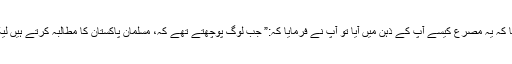
آپ سے ایک بار پوچھا گیا تھا کہ یہ مصرع کیسے آپ کے ذہن میں آیا تو آپ نے فرمایا کہ:” جب لوگ پوچھتے تھے کہ، مسلمان پاکستان کا مطالبہ کرتے ہیں لیکن پاکستان کا مطلب کیا ہے ؟